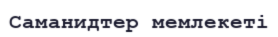
Саманидтер мемлекеті